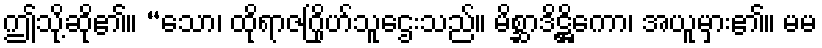
ဤသို့ဆို၏။ “သော၊ ထိုရာဇဂြိုဟ်သူဌေးသည်။ မိစ္ဆာဒိဋ္ဌိကော၊ အယူမှား၏။ မမ